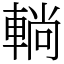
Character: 𨌩